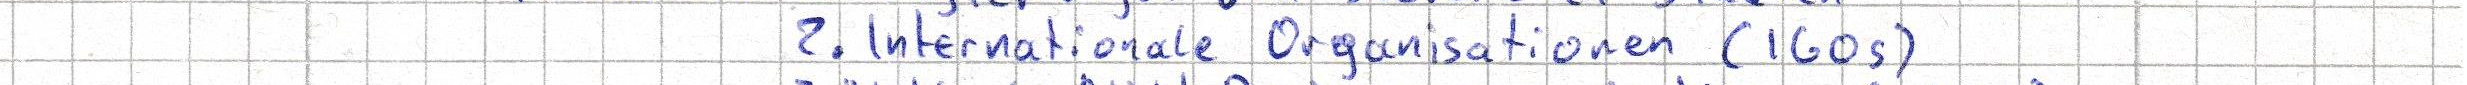
2. Internationale Organisationen (IGOs)